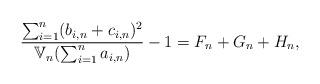
LaTeX: \begin{align*}\frac{\sum_{i = 1}^n (b_{i,n} + c_{i,n})^2}{\mathbb{V}_n(\sum_{i = 1}^n a_{i,n})} - 1 = F_n + G_n + H_n,\end{align*}